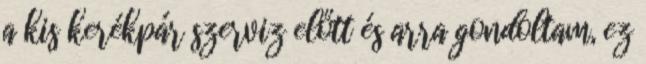
a kis kerékpár szerviz előtt és arra gondoltam, ez